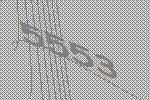
5553